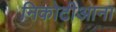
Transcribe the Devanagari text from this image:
निकोटीआना